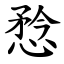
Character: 㥤